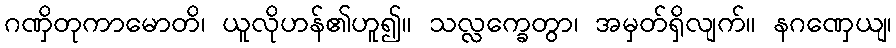
ဂဏှိတုကာမောတိ၊ ယူလိုဟန်၏ဟူ၍။ သလ္လက္ခေတွာ၊ အမှတ်ရှိလျက်။ နဂဏှေယျ၊